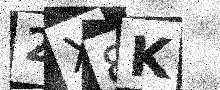
Text: 2X8K